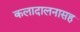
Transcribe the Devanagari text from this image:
कलादालनासह